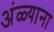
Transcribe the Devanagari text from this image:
अंळ्याना